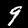
Digit: 9